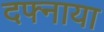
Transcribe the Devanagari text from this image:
दफ्नाया